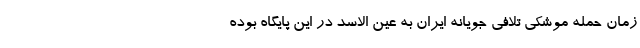
زمان حمله موشکی تلافی جویانه ایران به عین الاسد در این پایگاه بوده